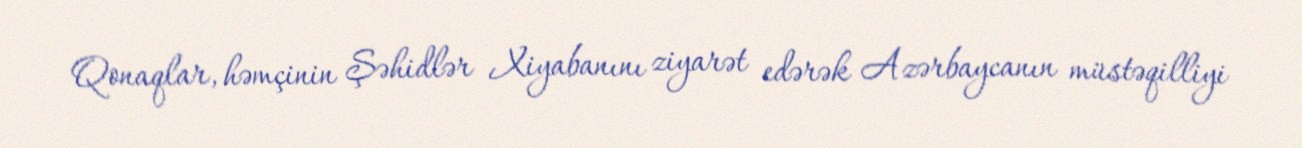
Qonaqlar, həmçinin Şəhidlər Xiyabanını ziyarət edərək Azərbaycanın müstəqilliyi